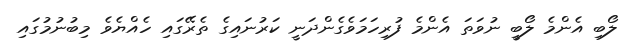
ލޯބި އެންމެ ލޯބީ ނުވަތަ އެންމެ ފުރިހަމަވެގެންދަނީ ކަރުނައިގެ ތެރޭގައި ހެއްޔެވެ މިބުނުމުގައި